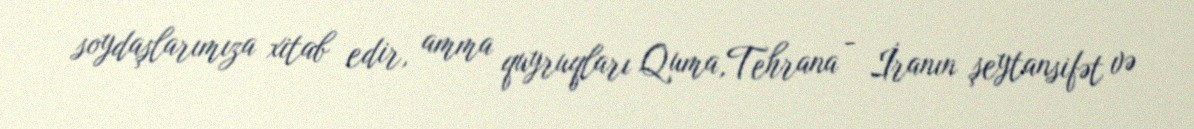
soydaşlarımıza xitab edir, amma quyruqları Quma,Tehrana - İranın şeytansifət və